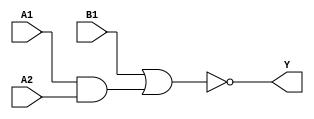
module sky130_fd_sc_ms__a21oi (
    Y ,
    A1,
    A2,
    B1
);

    // Module ports
    output Y ;
    input  A1;
    input  A2;
    input  B1;

    // Local signals
    wire and0_out  ;
    wire nor0_out_Y;

    //  Name  Output      Other arguments
    and and0 (and0_out  , A1, A2         );
    nor nor0 (nor0_out_Y, B1, and0_out   );
    buf buf0 (Y         , nor0_out_Y     );

endmodule